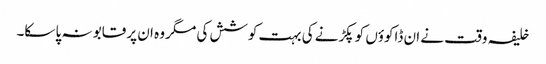
خلیفہ وقت نے ان ڈاکوؤں کو پکڑنے کی بہت کوشش کی مگر وہ ان پر قابو نہ پا سکا۔